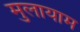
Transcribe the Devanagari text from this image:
मुलायाम